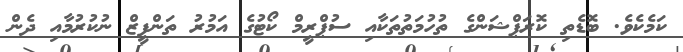
ކަމެކެވެ. ބޮޑެތި ކޮރަޕްޝަންގެ ތުހުމަތުތަކާއި ސުޕްރީމް ކޯޓުގެ އަމުރު ތަންފީޒް ނުކުރުމާއި ދެން